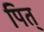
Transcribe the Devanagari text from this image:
पित्‌